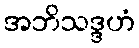
အဘိသဒ္ဒဟံ